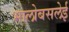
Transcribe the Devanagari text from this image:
भालोबसलेई